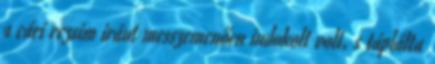
a cári rezsim iránt messzemenően indokolt volt, s táplálta